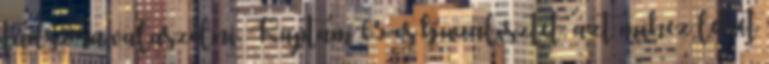
tudsz ra valaszolni. Kaptam 65-os buzalisztet, azt mihez lehet